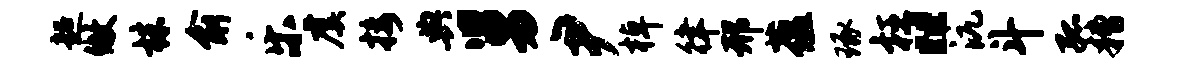
超做株俞乐虞接典舅尹棹律邢蕴琢枉“沆斗孤糟